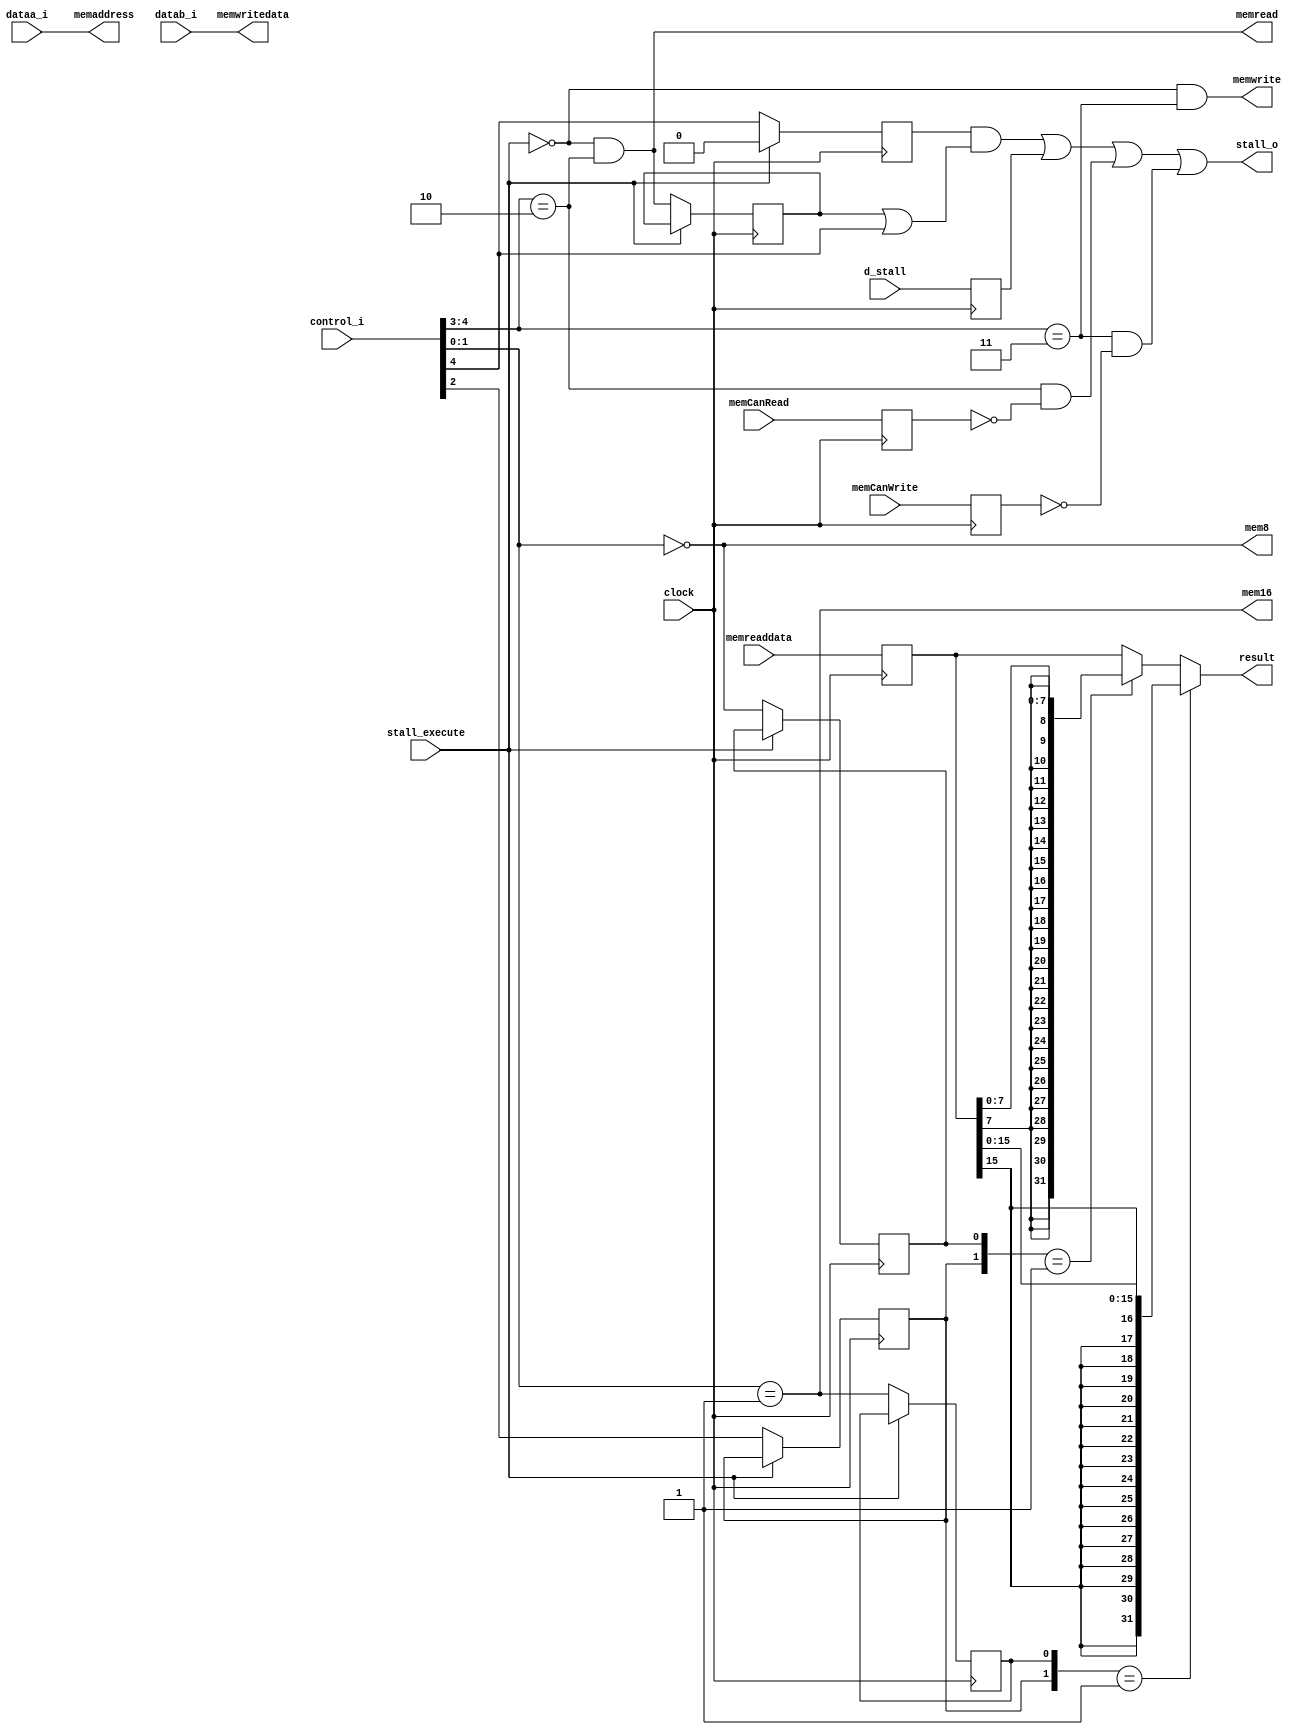
module ztiger_mem_controller(
	input         clock, stall_execute, 
	input  [4:0]  control_i, // {mem_opt, readn_write, unsign, mem32, mem8n_mem16}
	input  [31:0] dataa_i, datab_i,
	output [31:0] result,
	output        stall_o,	
	
	input         d_stall, memCanRead, memCanWrite,
	input  [31:0] memreaddata,	
	output        memread, memwrite, mem8, mem16,
	output [31:0] memaddress, memwritedata
);

	assign memread      = ~stall_execute & (control_i[4:3] == 2'b10) ;
	assign memwrite     = ~stall_execute & (control_i[4:3] == 2'b11) ;
	assign memaddress   = dataa_i;
	assign memwritedata = datab_i;
	assign mem8         = control_i[1:0] == 2'b00;
	assign mem16        = control_i[1:0] == 2'b01;
	
	reg unsign, mem8_reg, mem16_reg, reading;
	always @ (posedge clock)
	begin
		if(stall_execute)
		begin
			// stall
		end
		else begin
			reading    <= memread;
			mem8_reg   <= mem8;
			mem16_reg  <= mem16;		
			unsign     <= control_i[2];
		end
	end
	
	reg first_stall;
	always @ (posedge clock)
	begin
		if(stall_execute)
			first_stall <= 1'b0;	
		else
			first_stall <= control_i[4];
	end

	reg d_stall_reg, memCanRead_reg, memCanWrite_reg;
	reg [31:0] memreaddata_reg;
	always @ (posedge clock)
	begin
		d_stall_reg <= d_stall;
		memCanRead_reg <= memCanRead;
		memCanWrite_reg <= memCanWrite;
		memreaddata_reg <= memreaddata;
	end
	
	assign stall_o = (first_stall & (reading | control_i[4])) | d_stall_reg | ((control_i[4:3] == 2'b10) & !memCanRead_reg) | ((control_i[4:3] == 2'b11) & !memCanWrite_reg);
	assign result = ({unsign, mem16_reg} == 2'b01) ? {{16{memreaddata_reg[15]}}, memreaddata_reg[15:0]} : ({unsign, mem8_reg} == 2'b01) ? {{24{memreaddata_reg[7]}}, memreaddata_reg[7:0]} : memreaddata_reg;
	
endmodule